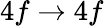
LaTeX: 4f\to 4f